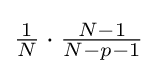
{\textstyle {\frac {1}{N}}\cdot {\frac {N-1}{N-p-1}}}